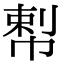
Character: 𢃴